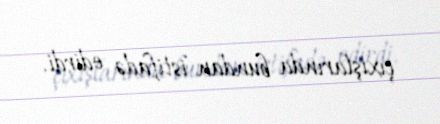
çıxışlarında bundan istifadə edirdi.